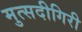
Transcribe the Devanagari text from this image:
मुत्सदीगिरी